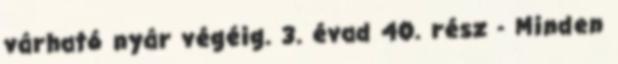
várható nyár végéig. 3. évad 40. rész - Minden